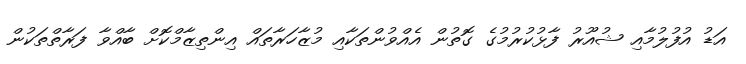
އަޑު އުފުލުމާއި ޝުއޫރު ފާޅުކުރުމުގެ ގޮތުން އެއްވުންތަކާއި މުޒާހަރާތައް އިންތިޒާމްކޮށް ބާއްވާ ފަރާތްތަކުން